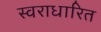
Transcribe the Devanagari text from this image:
स्वराधारित